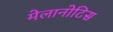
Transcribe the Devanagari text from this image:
मेलानोटिस